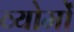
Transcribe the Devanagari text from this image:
व्योमों